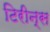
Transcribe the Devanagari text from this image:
टिरीन्स